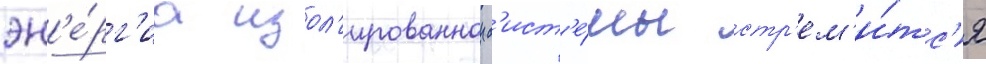
эн'е́рг'иа изол'ированнои с'ист'е́мы стр'ем'и́тс'я